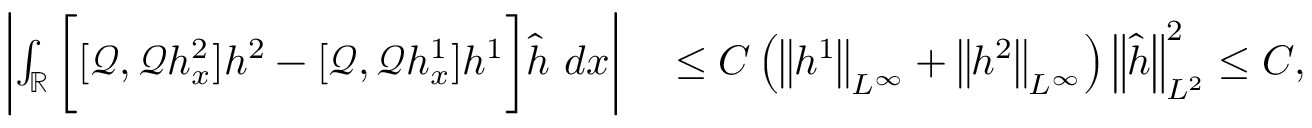
\begin{array} { r l } { \left| \int _ { \mathbb R } \bigg [ [ \mathscr { Q } , \mathscr { Q } h _ { x } ^ { 2 } ] h ^ { 2 } - [ \mathscr { Q } , \mathscr { Q } h _ { x } ^ { 1 } ] h ^ { 1 } \bigg ] \widehat { h } \ d x \right| } & { { } \leq C \left( \left\| h ^ { 1 } \right\| _ { L ^ { \infty } } + \left\| h ^ { 2 } \right\| _ { L ^ { \infty } } \right) \left\| \widehat { h } \right\| _ { L ^ { 2 } } ^ { 2 } \leq C , } \end{array}